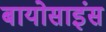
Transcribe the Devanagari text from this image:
बायोसाइंस